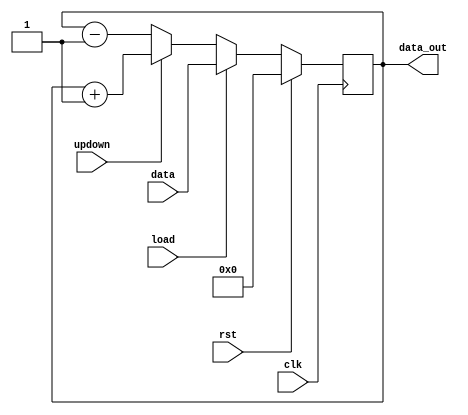
//////////////////////////////////////////////////////////////
//	4-bit loadable up-down counter			//////
//////////////////////////////////////////////////////////////

module counter(clk, rst, data, updown, load, data_out);
	
	input clk, rst, load;
	input updown;
	input [3:0] data;

	output reg [3:0] data_out;


	always@(posedge clk)
	begin
		if(rst)
			data_out <= 4'b0;
		else if(load)
			data_out <= data;
		else
			data_out <= ((updown)?(data_out + 1'b1):(data_out -1'b1));
	end

endmodule